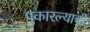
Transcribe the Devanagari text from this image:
पुकारल्याची